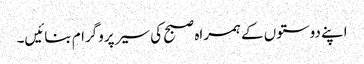
اپنے دوستوں کے ہمراہ صبح کی سیر پروگرام بنائیں۔